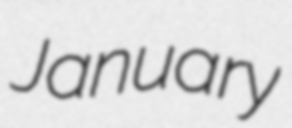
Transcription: January